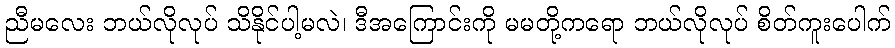
ညီမလေး ဘယ်လိုလုပ် သိနိုင်ပါ့မလဲ၊ ဒီအကြောင်းကို မမတို့ကရော ဘယ်လိုလုပ် စိတ်ကူးပေါက်